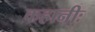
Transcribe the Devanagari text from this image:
कहानीः